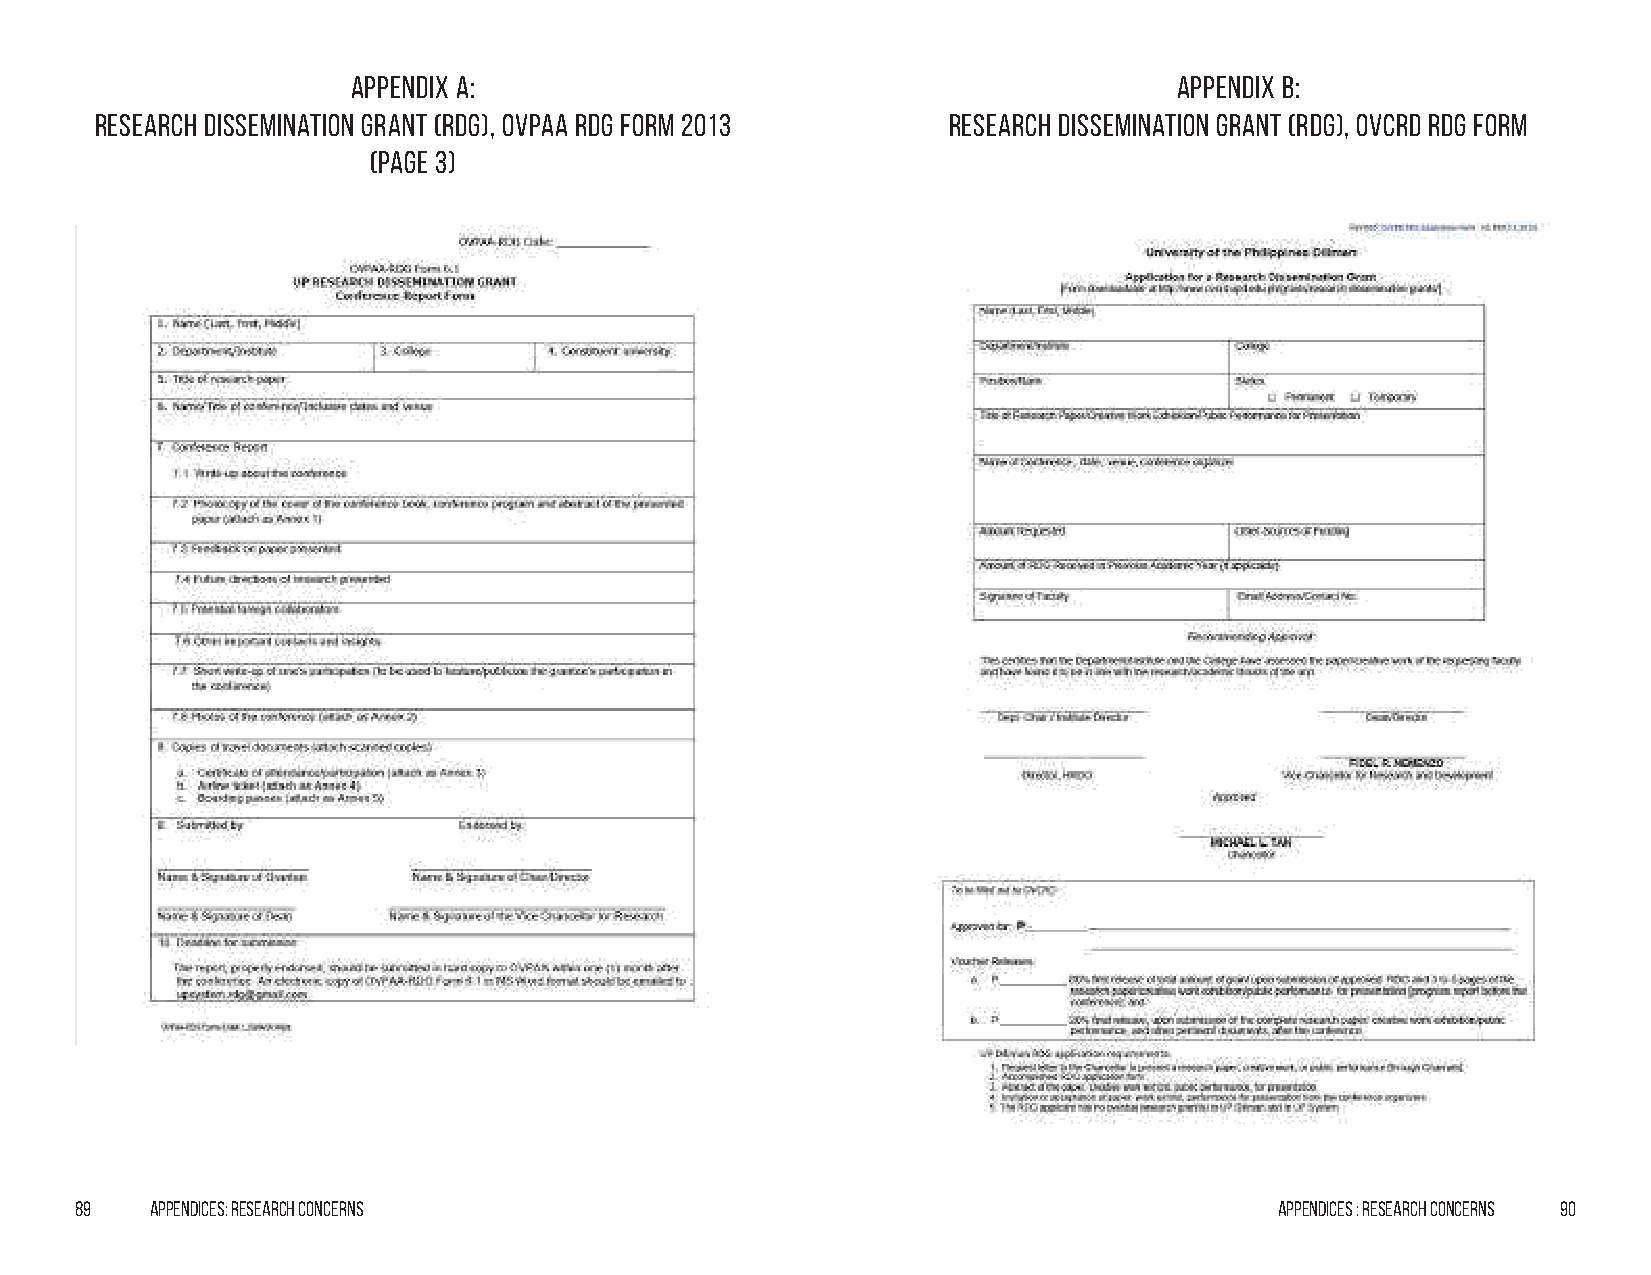
Appendix A:                                            Appendix B:
 Research Dissemination Grant (RDG), OVpAA RDG Form 2013  Research Dissemination Grant (RDG), OVCRD RDG Form
 (page 3)
 89   Appendices: Research Concerns                                              Appendices : Research Concerns 90